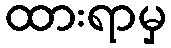
ထားရာမှ